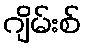
ဂျိမ်းစ်